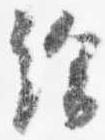
給